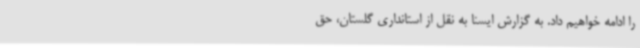
را ادامه خواهیم داد. به گزارش ایسنا به نقل از استانداری گلستان، حق